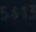
5613